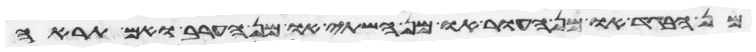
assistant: מן הבגד או מן העור או מן השתי או מן הערב ואם תראה